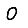
Digit: 0